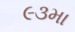
૯૩મા